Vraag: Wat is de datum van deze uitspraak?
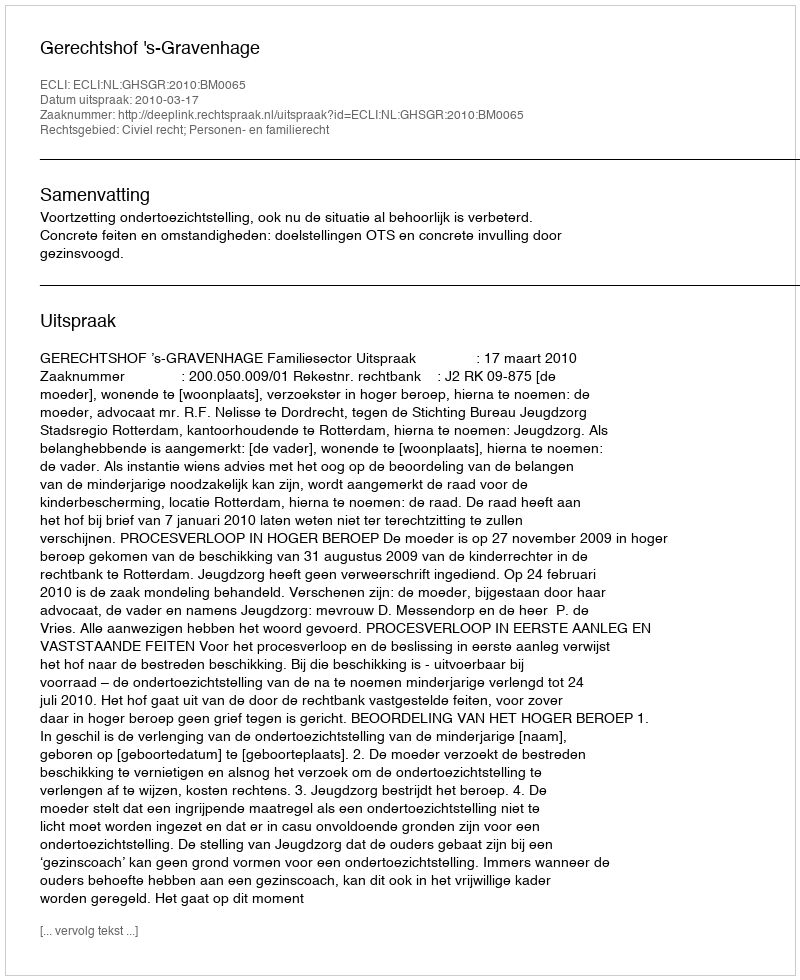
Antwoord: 2010-03-17